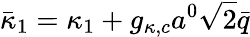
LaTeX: \bar{\kappa}_{1}=\kappa_{1}+g_{\kappa,c}a^{0}\sqrt{2}\bar{q}